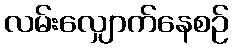
လမ်းလျှောက်နေစဉ်